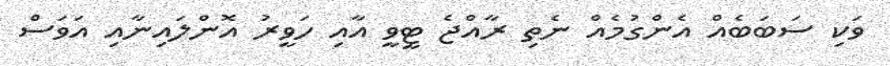
ވަކި ސަބަބެއް އެންގުމެއް ނެތި ރާއްޖެ ޓީވީ އާއި ހަވީރު އޮންލައިނާއި އަވަސް